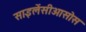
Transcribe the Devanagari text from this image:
साइलेंसीओसोस